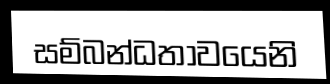
සම්බන්ධතාවයෙනි